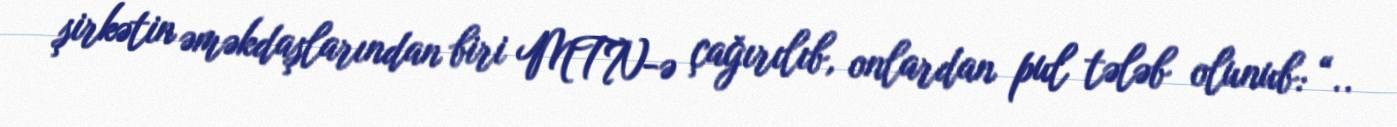
şirkətin əməkdaşlarından biri MTN-ə çağırılıb, onlardan pul tələb olunub: “..